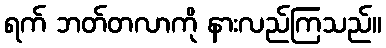
ရက် ဘတ်တလာကို နားလည်ကြသည်။